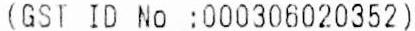
(GST ID NO :000306020352)